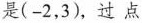
是(-2，3)，过点